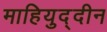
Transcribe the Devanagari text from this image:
माहियुद्दीन